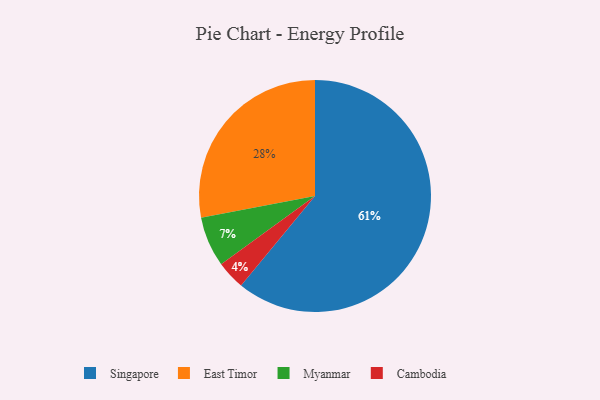
{"axis": {"x": "Category", "y": "Percentage"}, "legend": ["Cambodia", "East Timor", "Myanmar", "Singapore"], "data": [{"x": "Myanmar", "y": 7, "type": "Myanmar"}, {"x": "Singapore", "y": 61, "type": "Singapore"}, {"x": "Cambodia", "y": 4, "type": "Cambodia"}, {"x": "East Timor", "y": 28, "type": "East Timor"}]}